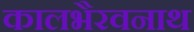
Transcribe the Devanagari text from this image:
कालभैरवनाथ